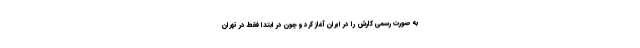
به صورت رسمی کارش را در ایران آغاز کرد و چون در ابتدا فقط در تهران